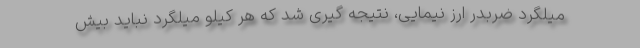
میلگرد ضربدر ارز نیمایی، نتیجه گیری شد که هر کیلو میلگرد نباید بیش